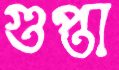
গুপ্তা